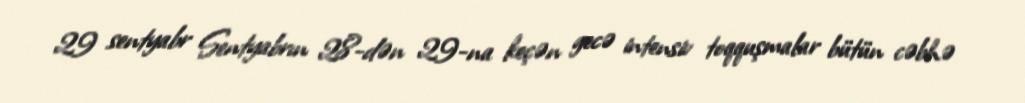
29 sentyabr Sentyabrın 28-dən 29-na keçən gecə intensiv toqquşmalar bütün cəbhə